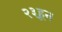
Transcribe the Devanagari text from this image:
२३हून